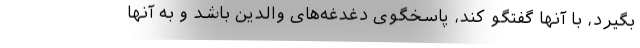
بگیرد، با آنها گفتگو کند، پاسخگوی دغدغه‌های والدین باشد و به آنها